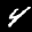
Label: 4